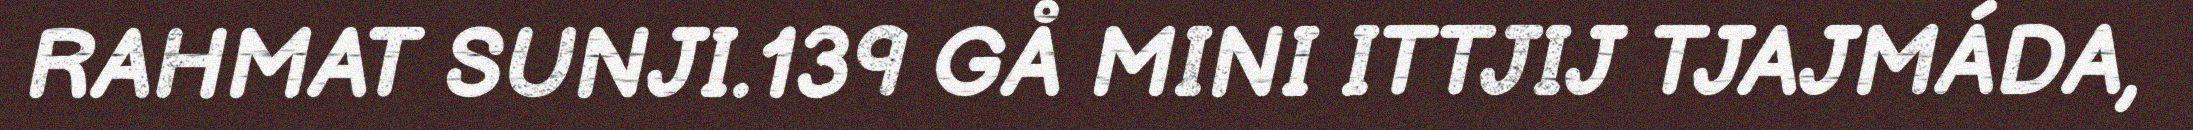
RAHMAT SUNJI.139 GÅ MINI ITTJIJ TJAJMÁDA,